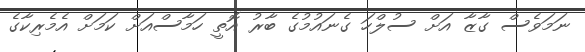
ނަމަވެސް ގާޒާ އަށް ސުލްހަ ގެނައުމުގެ ބާރު އޮތީ ހަމާސްއަށް ކަމަށް އެމެރިކާގެ